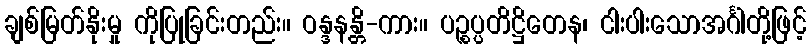
ချစ်မြတ်နိုးမှု ကိုပြုခြင်းတည်း။ ဝန္ဒနန္တိ-ကား။ ပဉ္စပ္ပတိဋ္ဌိတေန၊ ငါးပါးသောအင်္ဂါတို့ဖြင့်